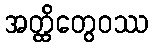
အတ္ထိတွေဝဿ